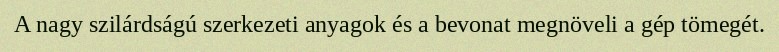
A nagy szilárdságú szerkezeti anyagok és a bevonat megnöveli a gép tömegét.